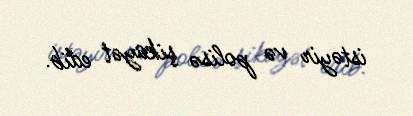
istəyir və polisə şikayət edib.